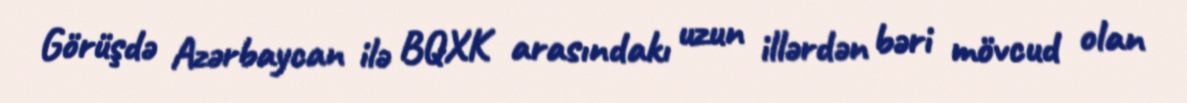
Görüşdə Azərbaycan ilə BQXK arasındakı uzun illərdən bəri mövcud olan